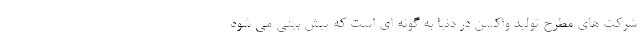
شرکت های مطرح تولید واکسن در دنیا به گونه ای است که پیش بینی می شود